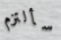
سألتزم